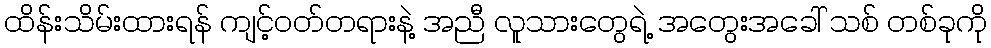
ထိန်းသိမ်းထားရန် ကျင့်ဝတ်တရားနဲ့ အညီ လူသားတွေရဲ့ အတွေးအခေါ် သစ် တစ်ခုကို